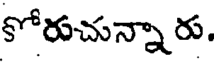
కోరుచున్నా రు.